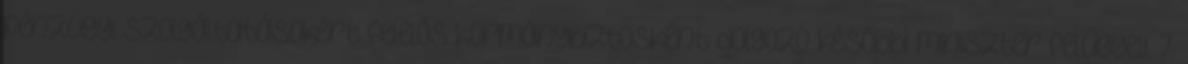
pénzügyi szolgáltatásokért felelős kormánybiztosként dolgozó későbbi miniszter felügyeli. 7.